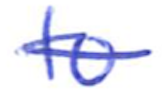
Text: to
Cross-out: single-line
Writing tool: ballpoint